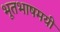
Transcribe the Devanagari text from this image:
भूतभाषमयीं